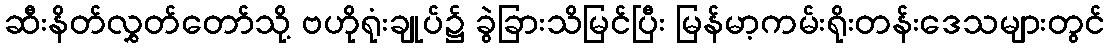
ဆီးနိတ်လွှတ်တော်သို့ ဗဟိုရုံးချုပ်၌ ခွဲခြားသိမြင်ပြီး မြန်မာ့ကမ်းရိုးတန်းဒေသများတွင်